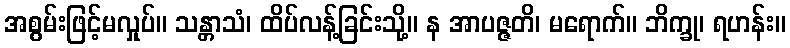
အစွမ်းဖြင့်မလှုပ်။ သန္တာသံ၊ ထိပ်လန့်ခြင်းသို့။ န အာပဇ္ဇတိ၊ မရောက်။ ဘိက္ခု၊ ရဟန်း။